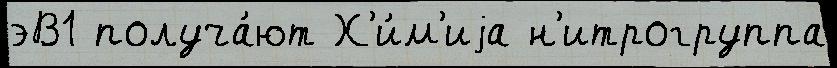
эВ1 получа́ют Х'и́м'иjа н'итрогруппа